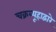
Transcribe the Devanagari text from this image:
चक्रव्यूहाद्वारे